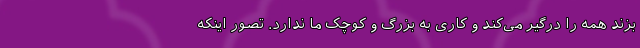
بزند همه را درگیر می‌کند و کاری به بزرگ و کوچک ما ندارد. تصور اینکه